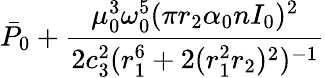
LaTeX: \bar{P}_{0}+\frac{\mu_{0}^{3}\omega_{0}^{5}(\pi r_{2}\alpha_{0}nI_{0})^{2}}{2c_{3}^{2}(r_{1}^{6}+2(r_{1}^{2}r_{2})^{2})^{-1}}